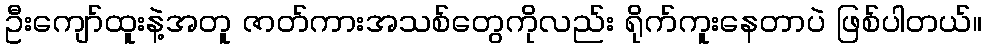
ဦးကျော်ထူးနဲ့အတူ ဇာတ်ကားအသစ်တွေကိုလည်း ရိုက်ကူးနေတာပဲ ဖြစ်ပါတယ်။